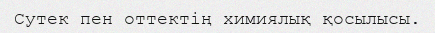
Сутек пен оттектің химиялық қосылысы.